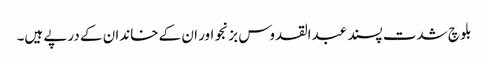
بلوچ شدت پسند عبدالقدوس بزنجو اور ان کے خاندان کے درپے ہیں۔